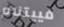
فييتنام